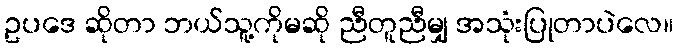
ဥပဒေ ဆိုတာ ဘယ်သူ့ကိုမဆို ညီတူညီမျှ အသုံးပြုတာပဲလေ။